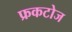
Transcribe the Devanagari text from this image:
फ्रकटोज